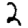
Digit: 2